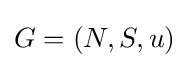
G=(N,S,u)